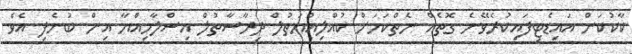
ކާކުކަން އައިޑެޓިފައިކުރެވޭނެ ގޮތެއް ނެތްކަމަށް ކުއްލިއްޔަތުލް ދިރާސާތުލް އިސްލާމިއްޔާ އިން ބުނެފި އެވެ.